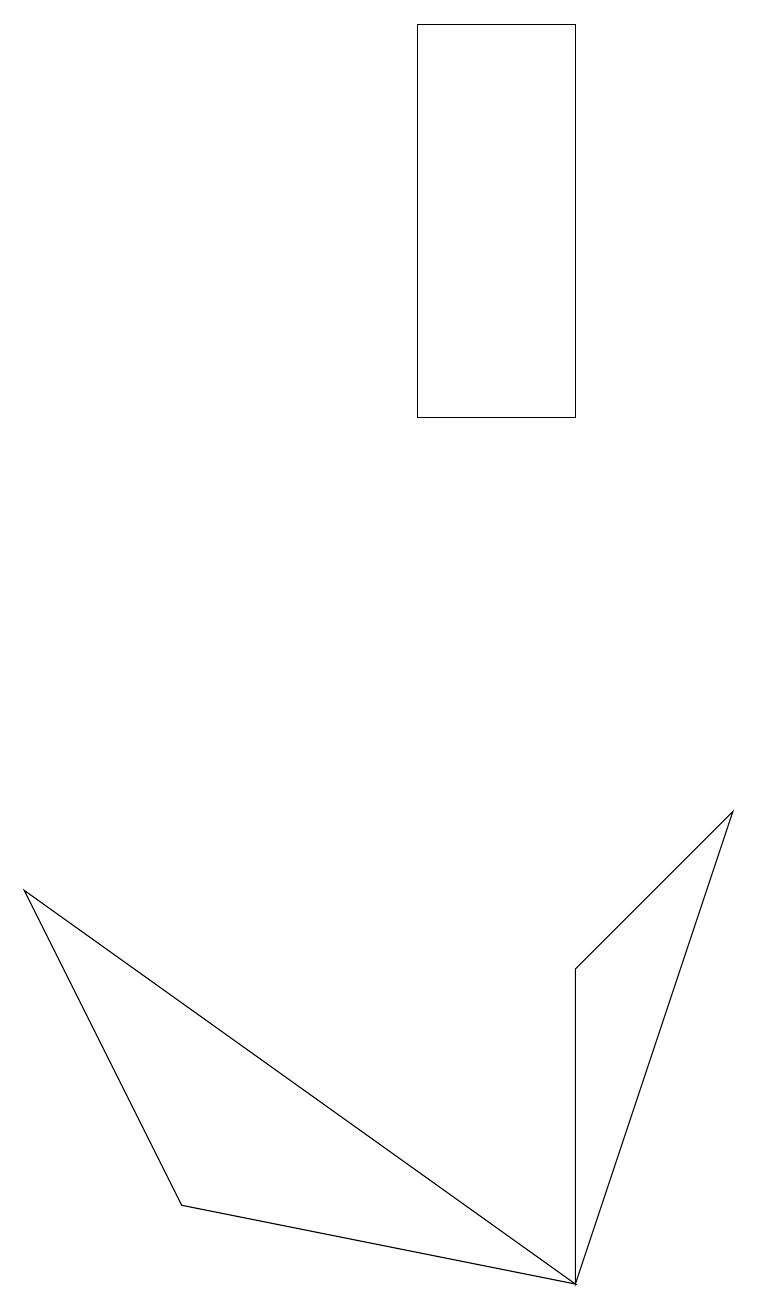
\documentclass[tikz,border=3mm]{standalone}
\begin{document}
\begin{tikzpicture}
\draw (7,2) -- (9,8) -- (7,6) -- cycle;
\draw (7,2) -- (2,3) -- (0,7) -- cycle;
\draw (5,18) rectangle (7,13);
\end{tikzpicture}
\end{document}